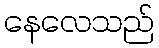
နေလေသည်